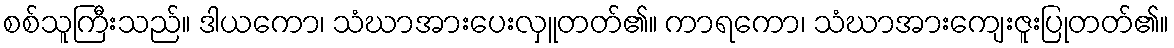
စစ်သူကြီးသည်။ ဒါယကော၊ သံဃာအားပေးလှူတတ်၏။ ကာရကော၊ သံဃာအားကျေးဇူးပြုတတ်၏။